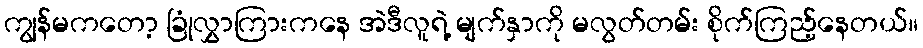
ကျွန်မကတော့ ခြုံလွှာကြားကနေ အဲဒီလူရဲ့ မျက်နှာကို မလွတ်တမ်း စိုက်ကြည့်နေတယ်။